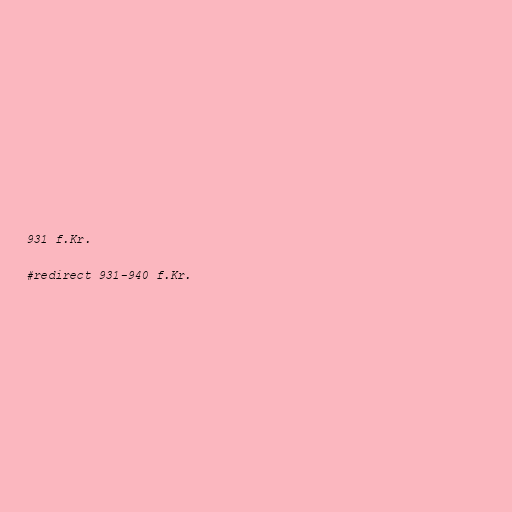
931 f.Kr.

#redirect 931-940 f.Kr.